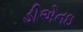
ડીએનઇ